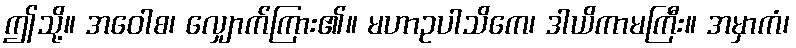
ဤသို့။ အဝေါစ၊ လျှောက်ကြား၏။ မဟာဥပါသိကေ၊ ဒါယိကာမကြီး။ အမှာကံ၊